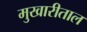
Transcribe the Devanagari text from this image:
मुखारीताल